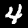
Label: 4